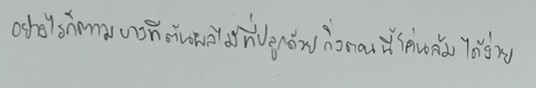
อย่างไรก็ตามบางทีต้นผลไม้ที่ปลูกด้วยกิ่งตอนนี้โค่นล้มได้ง่าย